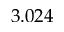
3 . 0 2 4